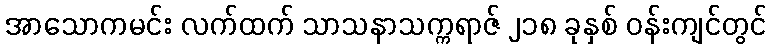
အာသောကမင်း လက်ထက် သာသနာသက္ကရာဇ် ၂၁၈ ခုနှစ် ဝန်းကျင်တွင်